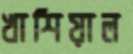
খাশিয়াল